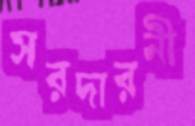
সরদারনী